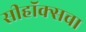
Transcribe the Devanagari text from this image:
सीहॉक्सचा